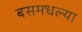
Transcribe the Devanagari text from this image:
बसमधल्या